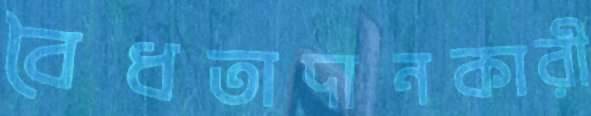
বৈধতাদানকারী